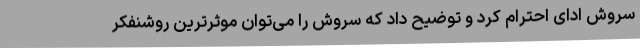
سروش ادای احترام کرد و توضیح داد که سروش را می‌توان موثرترین روشنفکر